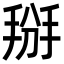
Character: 掰